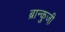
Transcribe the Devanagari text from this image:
ब्रान्कुजी़